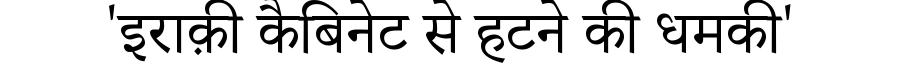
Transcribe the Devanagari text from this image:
'इराक़ी कैबिनेट से हटने की धमकी'